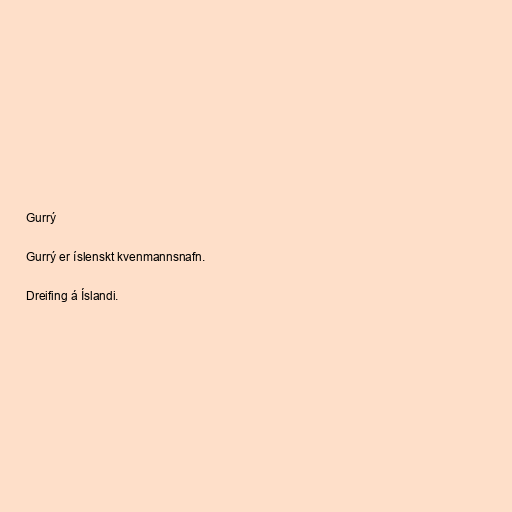
Gurrý

Gurrý er íslenskt kvenmannsnafn.

Dreifing á Íslandi.